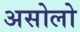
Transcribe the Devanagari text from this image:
असोलो